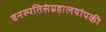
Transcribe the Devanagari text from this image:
वनस्पतिसंग्रहालयांपकी